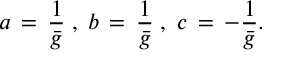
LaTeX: a \, = \, \frac { 1 } { \bar { g } } \; , \; b \, = \, \frac { 1 } { \bar { g } } \; , \; c \, = \, - \frac { 1 } { \bar { g } } .